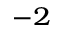
^ { - 2 }